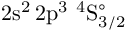
\mathrm { 2 s ^ { 2 } \, 2 p ^ { 3 } ~ ^ { 4 } S _ { 3 / 2 } ^ { \circ } }